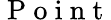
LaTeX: \mathrm{~P~o~i~n~t~}